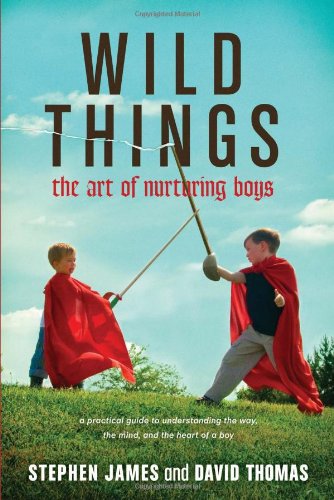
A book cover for Wild Things: The Art of Nurturing Boys; Stephen James; Parenting & Relationships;